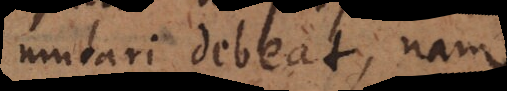
mutari debeat, nam